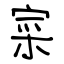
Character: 寀